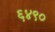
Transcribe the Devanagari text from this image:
६४९०